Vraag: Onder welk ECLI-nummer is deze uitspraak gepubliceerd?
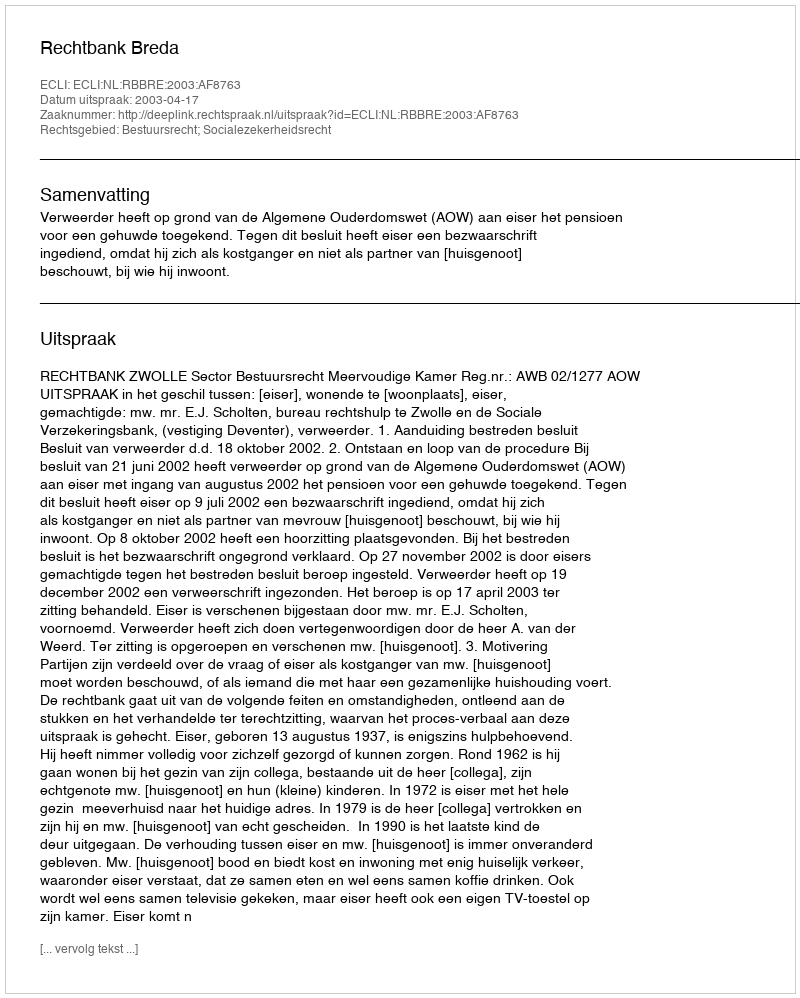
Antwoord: ECLI:NL:RBBRE:2003:AF8763